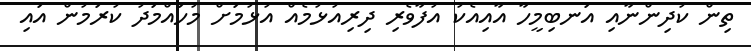
ތިން ކުދިންނާއި އަނބިމީހާ އާއިއެކު އުފާވެރި ދިރިއުޅުމެއް އުޅުމަށް މުހައްމަދު ކުރަމުން އައި